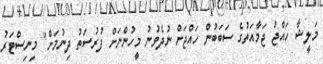
މަލީޝާ ހައްޖު ޖަމާއަތުގެ ސަބަބުން ހައްޖަށް ނުދެވުނު މީހުންނަށް ފުރުސަތު ދިނުމަށް" މިނިސްޓަރު